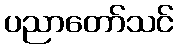
ပညာတော်သင်